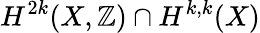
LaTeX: H^{2k}(X,\mathbb{Z})\cap H^{k,k}(X)